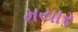
મયાર